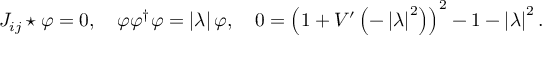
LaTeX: J _ { i j } \star \varphi = 0 , \quad \varphi \varphi ^ { \dagger } \varphi = \left| \lambda \right| \varphi , \quad 0 = \left( 1 + V ^ { \prime } \left( - \left| \lambda \right| ^ { 2 } \right) \right) ^ { 2 } - 1 - \left| \lambda \right| ^ { 2 } .